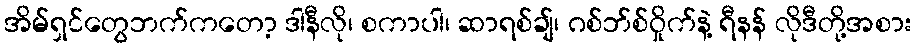
အိမ်ရှင်တွေဘက်ကတော့ ဒါနီလို၊ စကာပါ၊ ဆာရစ်ချ်၊ ဂစ်ဘ်စ်ဝှိုက်နဲ့ ရီနန် လိုဒီတို့အစား